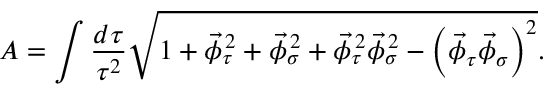
A = \int \frac { d \tau } { \tau ^ { 2 } } \sqrt { { 1 + \vec { \phi } _ { \tau } ^ { \, 2 } + \vec { \phi } _ { \sigma } ^ { \, 2 } + \vec { \phi } _ { \tau } ^ { \, 2 } \vec { \phi } _ { \sigma } ^ { \, 2 } - \left( \vec { \phi } _ { \tau } \vec { \phi } _ { \sigma } \right) ^ { 2 } } } .